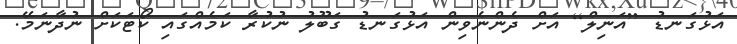
އަޅުގަނޑު [އަނިލް] އަށް ދެންނެވިން އަޅުގަނޑު ގަބޫލު ނުކުރާ ކަމެއްގައި ކޯޓަކަށް ނުދާނަމޭ.